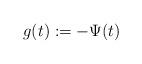
LaTeX: \begin{align*} g(t):= -\Psi(t)\end{align*}